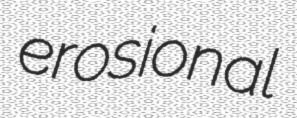
erosional